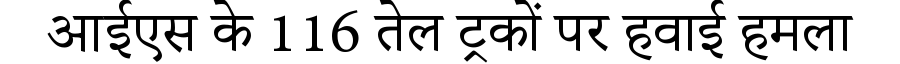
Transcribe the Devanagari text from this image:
आईएस के 116 तेल ट्रकों पर हवाई हमला